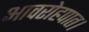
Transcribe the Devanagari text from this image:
आवरोहपात।